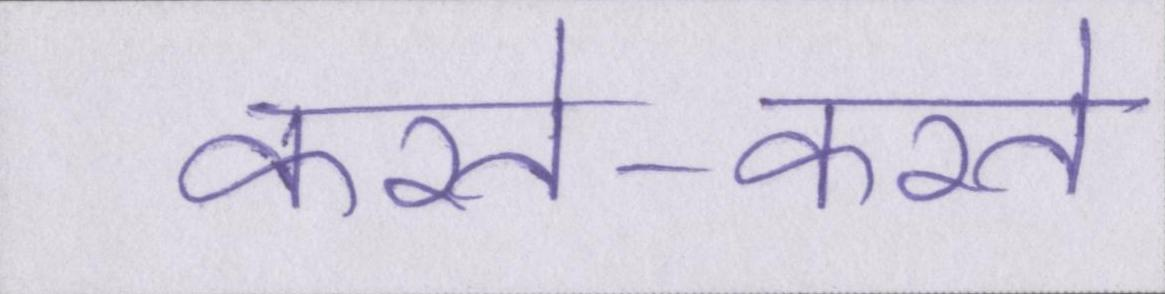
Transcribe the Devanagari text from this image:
करते-करते